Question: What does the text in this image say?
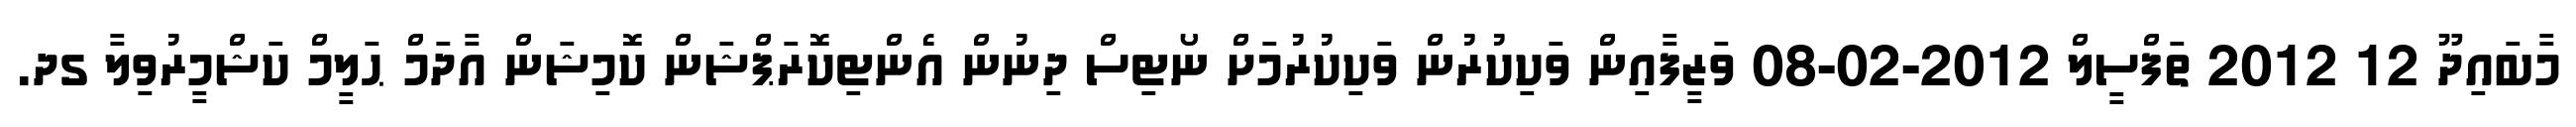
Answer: މާބައިދޫ 12 2012 ތަފްސީލް 2012-02-08 ވަޒީފާއިން ވަކިކުރުން ވަކިކުރުމަށް ނޯޓިސް ދިނުން އެންޓިކޮރަޕްޝަން ކޮމިޝަން އާދަމް ޙަލީމް ކަޝްމީރުވިލާ ގދ.